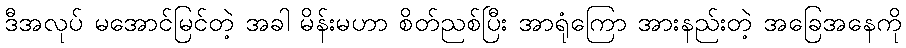
ဒီအလုပ် မအောင်မြင်တဲ့ အခါ မိန်းမဟာ စိတ်ညစ်ပြီး အာရုံကြော အားနည်းတဲ့ အခြေအနေကို